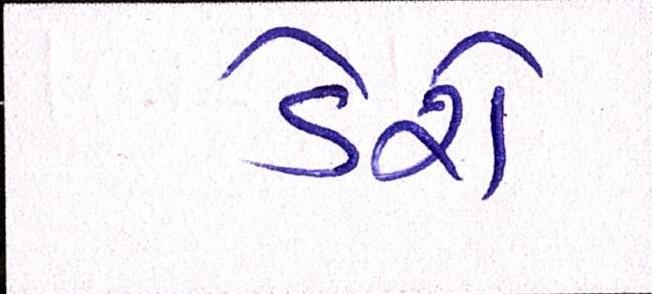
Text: ડેરો